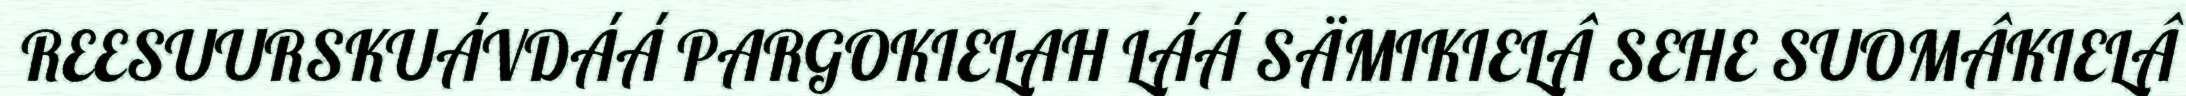
REESUURSKUÁVDÁÁ PARGOKIELAH LÁÁ SÄMIKIELÂ SEHE SUOMÂKIELÂ